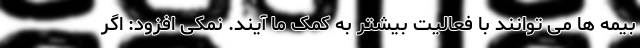
بیمه ها می توانند با فعالیت بیشتر به کمک ما آیند. نمکی افزود: اگر